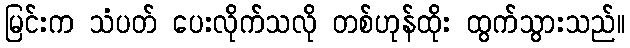
မြင်းက သံပတ် ပေးလိုက်သလို တစ်ဟုန်ထိုး ထွက်သွားသည်။